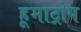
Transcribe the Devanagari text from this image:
हूमाट्रोप